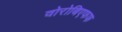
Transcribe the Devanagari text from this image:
वोरोबिएफफ